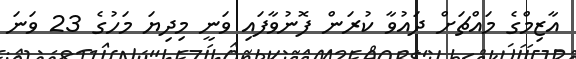
އާޒިމްގެ މައްޗަށް ދައުވާ ކުރަން ފޮނުވާފައި ވަނީ މިދިޔަ މަހުގެ 23 ވަނަ